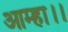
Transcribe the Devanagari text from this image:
आम्हा।।